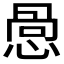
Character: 𪬋